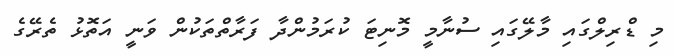
މި ޑްރިލްގައި މާލޭގައި ސުނާމީ މޮނިޓަ ކުރަމުންދާ ފަރާތްތަކުން ވަނީ އަތޮޅު ތެރޭގެ